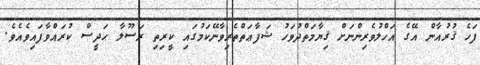
ފަހެ ޤުރުއާން އޭގެ އަހްލުވެރިންނަށް ޤިޔާމަތްދުވަހު ޝަފާޢަތްތެރިވާނޭކަމުގައި ކީރިތި ރަސޫލާ ޙަދީސް ކުރައްވާފައިވެއެވެ.